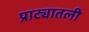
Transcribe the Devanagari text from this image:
प्राट्यातली